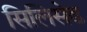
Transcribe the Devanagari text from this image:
सिलिसेढ